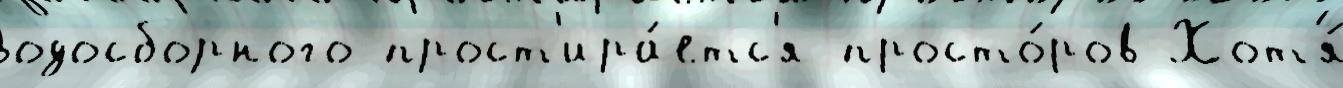
водосборного прост'ира́етс'я просто́ров Хот'я́